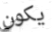
يكون